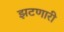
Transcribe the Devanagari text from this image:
झटणारी